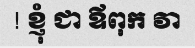
! ខ្ញុំ ជា ឪពុក វា